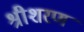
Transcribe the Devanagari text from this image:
श्रीशरण